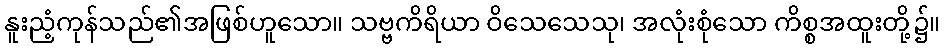
နူးညံ့ကုန်သည်၏အဖြစ်ဟူသော။ သဗ္ဗကိရိယာ ဝိသေသေသု၊ အလုံးစုံသော ကိစ္စအထူးတို့၌။